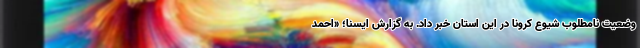
وضعیت نامطلوب شیوع کرونا در این استان خبر داد. به گزارش ایسنا؛ «احمد